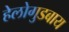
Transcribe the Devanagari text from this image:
हेलोगुडबाय